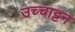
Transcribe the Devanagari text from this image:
उच्चाट्टन